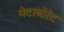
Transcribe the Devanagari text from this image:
मेटाबोरेट